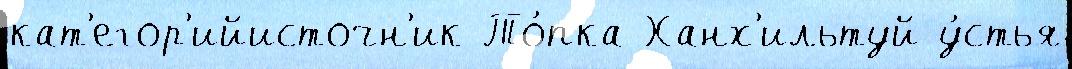
кат'егор'ийисточн'ик То́пка Ханх'ильтуй у́стья